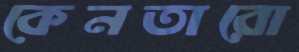
কেনতারো